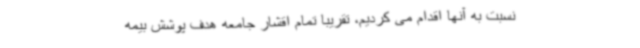
نسبت به آنها اقدام می کردیم، تقریبا تمام اقشار جامعه هدف پوشش بیمه